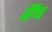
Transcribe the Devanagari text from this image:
हैंप